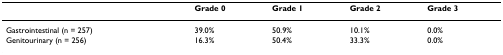
|  | Grade 0 | Grade 1 | Grade 2 | Grade 3 |
 | --- | --- | --- | --- | --- |
 | Gastrointestinal (n = 257) | 39.0% | 50.9% | 10.1% | 0.0% |
 | Genitourinary (n = 256) | 16.3% | 50.4% | 33.3% | 0.0% |